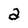
Character: a